Medical and sanitary report on the native army of Bombay for the year
Year: 1878
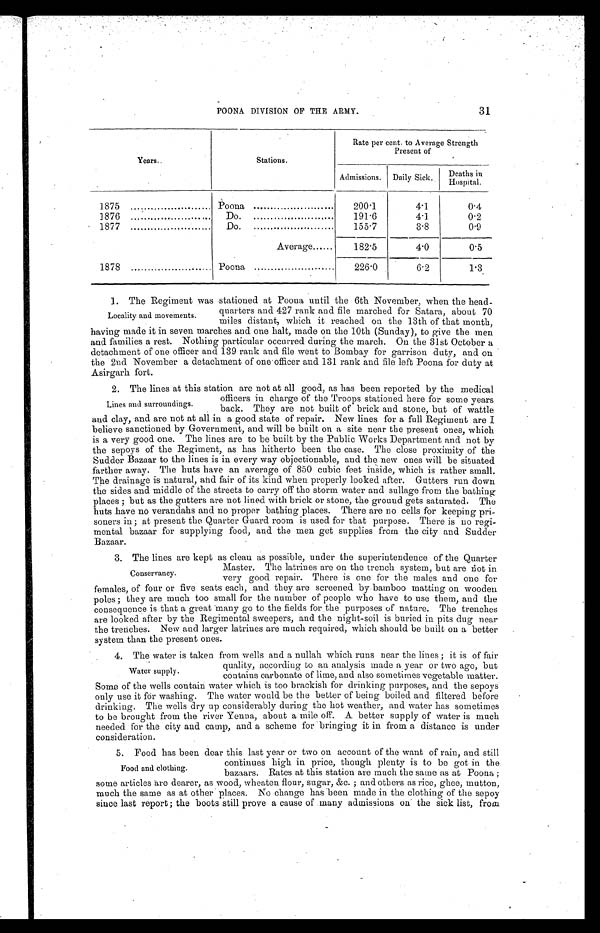
31
POONA DIVISION OF THE ARMY.
Years.
Stations.
Rate per cent. to Average Strength
Present of
Admissions.
Daily Sick.
Deaths
in
Hospital.
1875
Poona
200.1
4.1
0.4
1876
,
Do.
191.6
4.1
0.2
1877
Do.
155.7
3.8
0.9
1878
Average......
182.5
4.0
0.5
Poona.
226.0
6.2
1.3
1. The Regiment was stationed at Poona until the 6th Nevember, when the head-
Locality and movements.
quarters and 427 rank and file marched for Satara, about 70
miles distant, which it reached on the 13th of that month
having made it in seven marches and one halt, made on the 10th (Sunday), to give the men
and families a rest. Nothing particular occurred during the march. On the 31st October a
detachment of one officer and 139 rank and file went to Bombay for garrison duty, and on
the 2nd November a detachment of one officer and 131 rank and file left Poona for duty at
Asirgarh fort.
2. The lines at this station are not at all good, as has been reported by the medical
Lines and surroundings.
officers in charge of the Troops stationed here for some years
back. They. are not built of brick and stone, but of wattle
and clay, and are not at all in a good state of repair. New lines for a full Regiment are I
believe sanctioned by Government, and will be built on a site near the present ones, which
is a very good one. The lines are to be built by the Public Works Department and not by
the sepoys of the Regiment, as has hitherto been the case. The close proximity of the
Sadder Bazaar to the lines is in every way objectionable, and the new ones will be situated
farther away. The huts have an average of 850 cubic feet inside, which is rather small.
The drainage is natural, and fair of its kind when properly looked after. Gutters run down
the sides and middle of the streets to carry off the storm water and sullage from the bathing
places; but as the gutters are not lined with brick or stone, the ground gets saturated. The
huts have no verandahs and no proper bathing places. There are no cells for keeping pri-
-soners in; at present the Quarter Guard room is used for that purpose. There is no regi--
mental bazaar for supplying food, and the men get supplies from the city and Sudder
Bazaar.
3. The lines are kept as clean as possible, under the superintendence of the Quarter
Conservancy.
Master. The latrines are on the trench system, but are not in
very good repair. There is one for the males and one for
females, of four or five seats each, and they are screened by bamboo matting on wooden
poles; they are much too small for the number of people who have to use them, and the
consequence is that a great many go to the fields for . the purposes of nature. The trenches
are looked after by the Regimental sweepers, and the night-soil is buried in pits dug near
the trenches. New and larger latrines are much required, which should be built on a better
system than the present ones.
4. The water is taken from wells and a nullah which runs near the lines; it is of fair
Water supply.
quality, according to an analysis made a year or two ago, but
contains carbonate of lime, and also sometimes vegetable matter.
Some of the wells contain water which is too brackish for drinking purposes, and the sepoys
only use it for washing. The water would be the better of being boiled and filtered before
d r i n k i n g . T h e w e l l s d r y u p c o n s i d e r a b l y d u r i n g t h e h o t w e a t h e r , a n d w a t e r h a s s o m e t i m e s
to be brought from the river Yenna, about a mile off. A better supply of water is much
needed for the city and camp, and a scheme for bringing it in from a distance is under
consideration.
5. Food has been dear this last year or two on account of the want of rain, and still
Food and clothing.
continues high in price, though plenty is to be got in the
bazaars. Rates at this station are much the same as at Poona;
some articles are dearer, as wood, wheaten flour, sugar, &c.; and others as rice, ghee, mutton,
much the same as at other places. No change has been made in the clothing of the sepoy
since last report; the boots still prove a cause of many admissions on the sick list, from